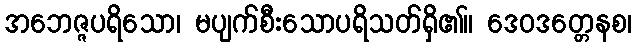
အဘေဇ္ဇပရိသော၊ မပျက်စီးသောပရိသတ်ရှိ၏။ ဒေဝဒတ္တေနစ၊